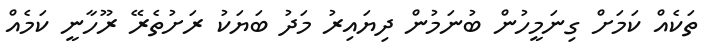
ތަކެއް ކަމަށް ގިނަމީހުން ބުނަމުން ދިޔައިރު މަދު ބަޔަކު ރަށުތެރޭ ރޫހާނީ ކަމެއް